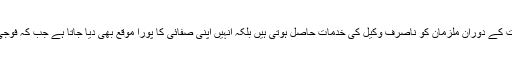
تاہم حکومت اور فوج دونوں ہی یہ کہہ چکے ہیں کہ ان عدالتوں میں مقدمات کی سماعت کے دوران ملزمان کو ناصرف وکیل کی خدمات حاصل ہوتی ہیں بلکہ انہیں اپنی صفائی کا پورا موقع بھی دیا جاتا ہے جب کہ فوجی عدالتوں کے فیصلوں کے خلاف وہ ملکی اعلیٰ عدلیہ میں اپیل کا حق بھی رکھتے ہیں۔